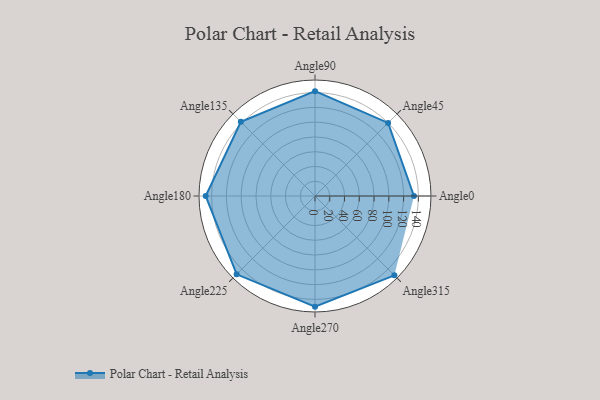
{"axis": {"x": "Angle", "y": "Radius"}, "legend": [""], "data": [{"x": "Angle0", "y": 134.0, "type": ""}, {"x": "Angle45", "y": 140.0, "type": ""}, {"x": "Angle90", "y": 142.0, "type": ""}, {"x": "Angle135", "y": 142.0, "type": ""}, {"x": "Angle180", "y": 148.0, "type": ""}, {"x": "Angle225", "y": 150.0, "type": ""}, {"x": "Angle270", "y": 150.0, "type": ""}, {"x": "Angle315", "y": 152.0, "type": ""}]}